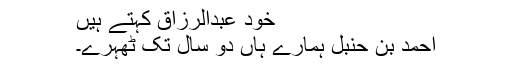
خود عبدالرزاق کہتے ہیں
احمد بن حنبل ہمارے ہاں دو سال تک ٹھہرے۔